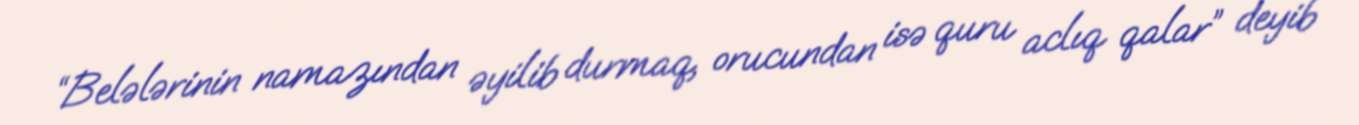
“Belələrinin namazından əyilib durmaq, orucundan isə quru aclıq qalar” deyib